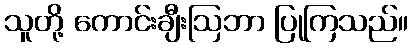
သူတို့ ကောင်းချီးဩဘာ ပြုကြသည်။